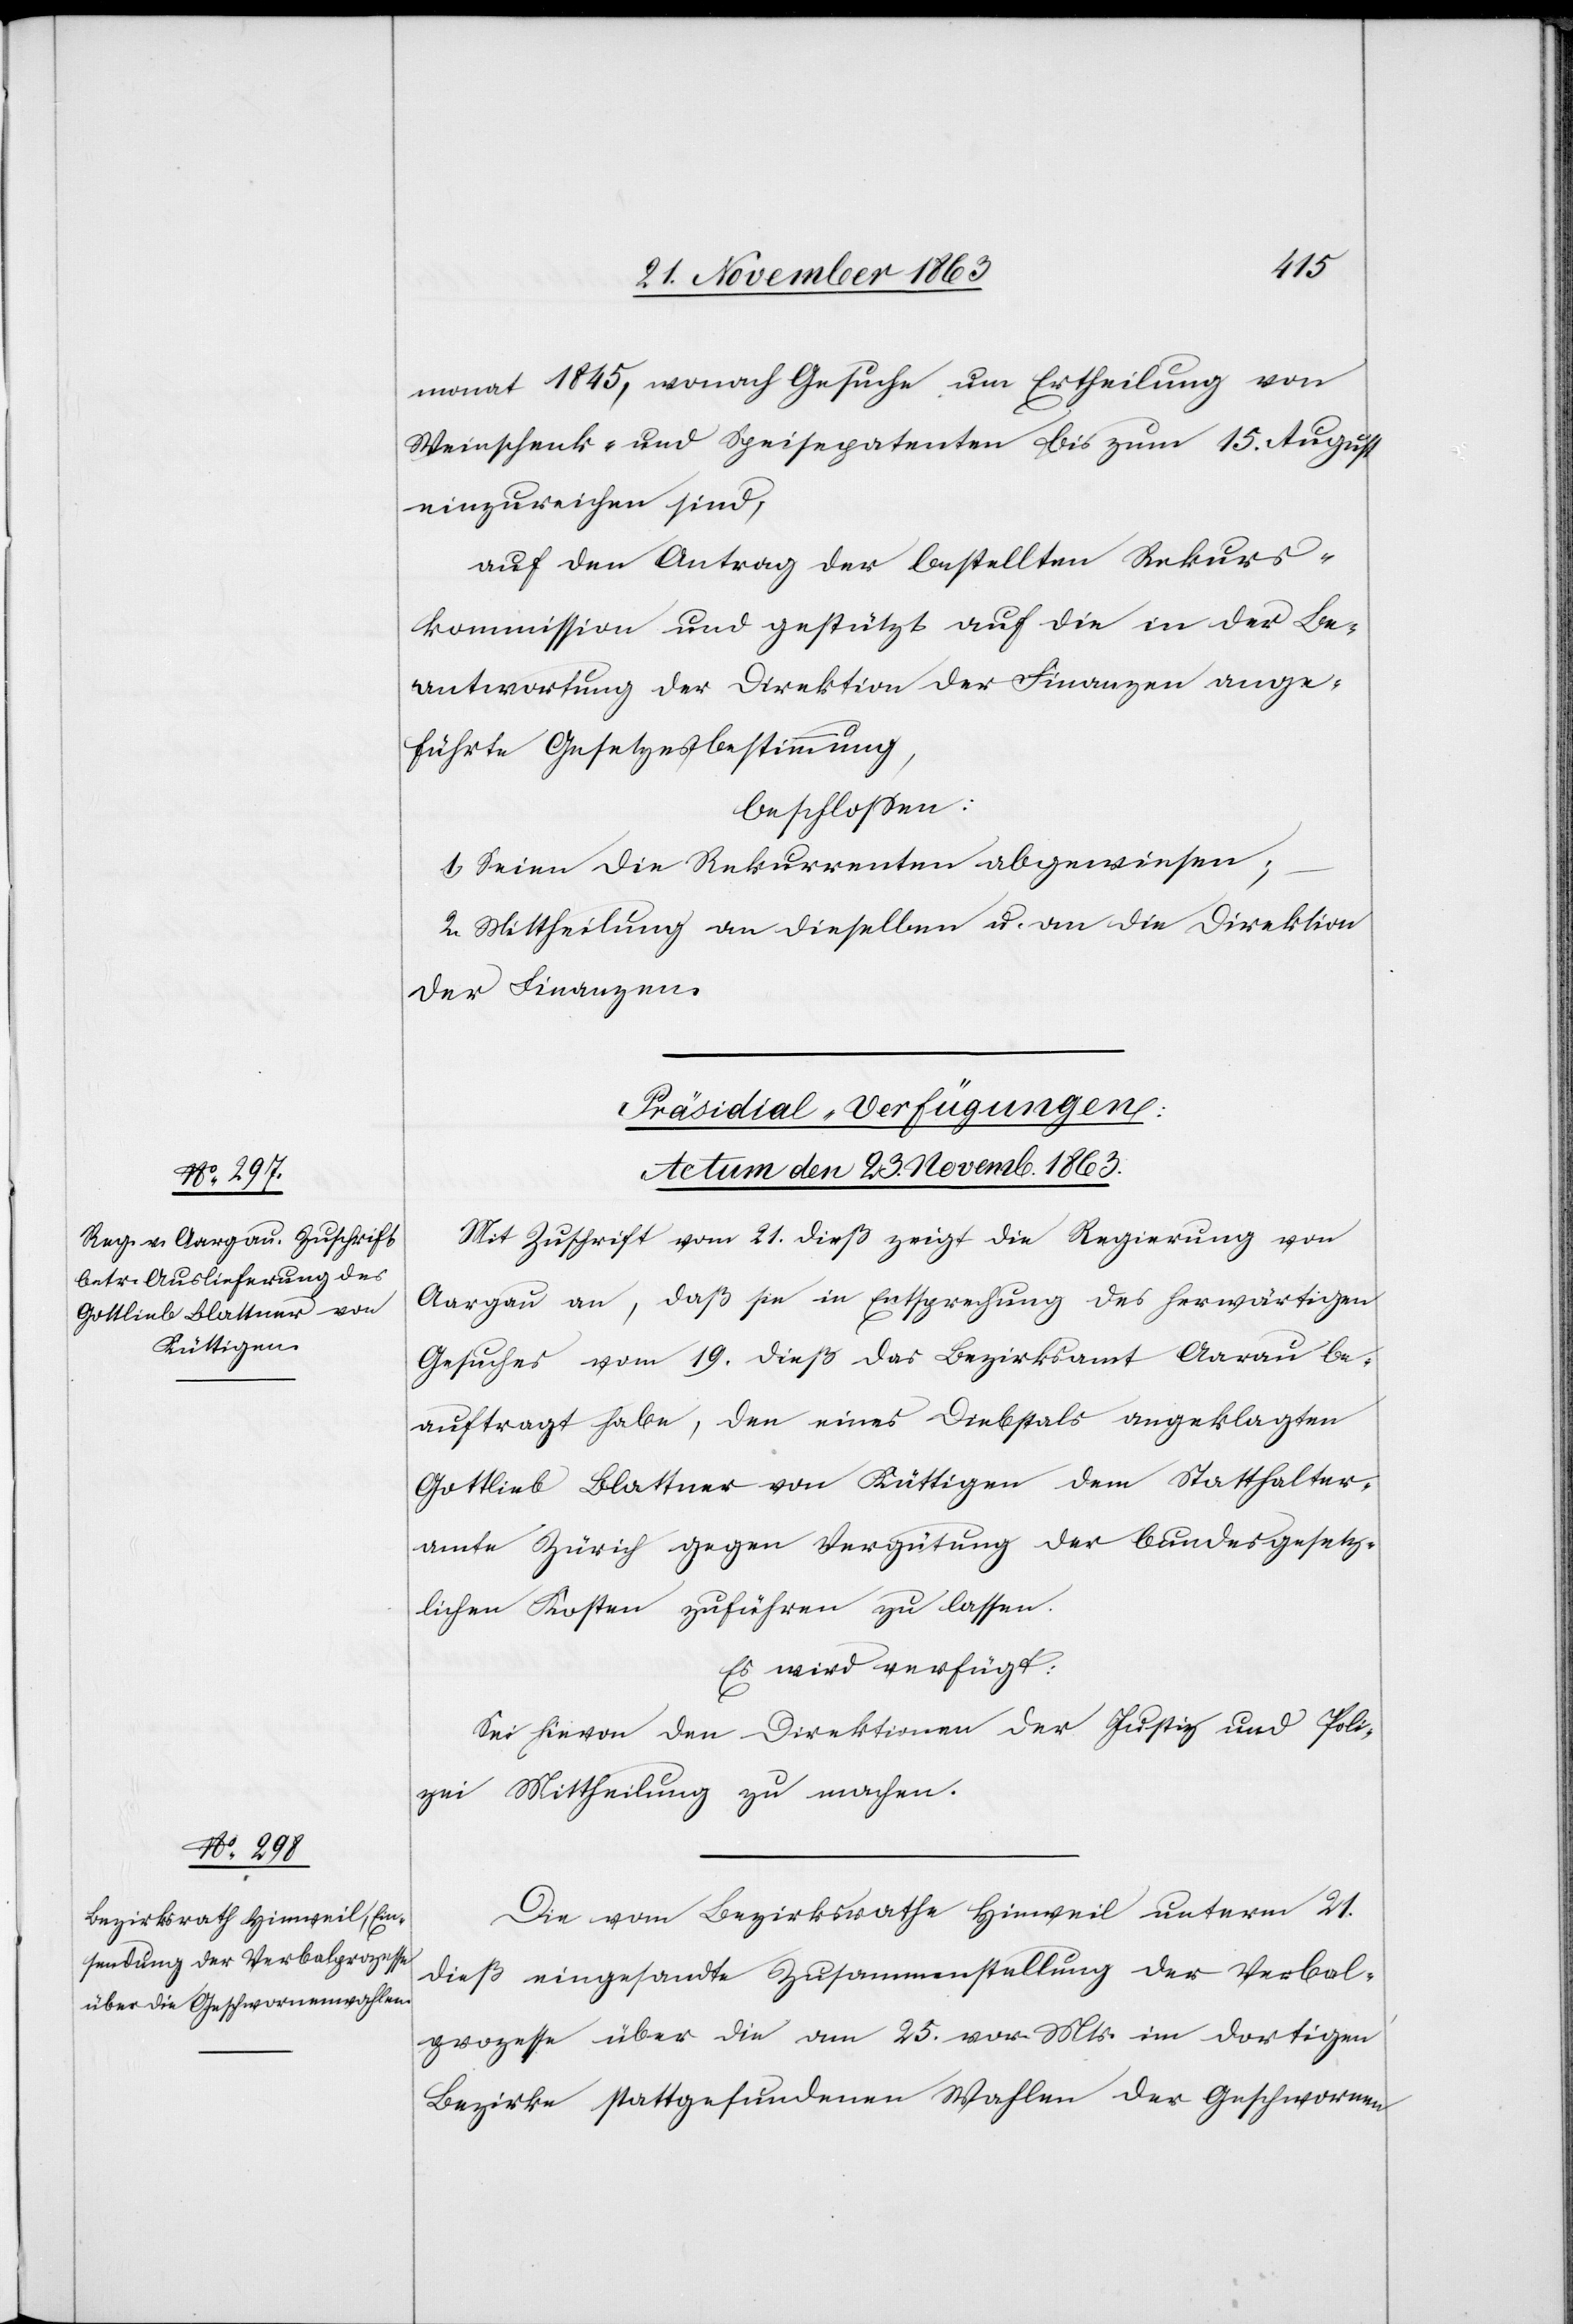
monat 1845, wonach Gesuche um Ertheilung von
Weinschenk- und Speisepatenten bis zum 15. August
einzureichen sind,
auf den Antrag der bestellten Rekurs¬
kommission und gestützt auf die in der Be¬
antwortung der Direktion der Finanzen abge¬
führte Gesetzesbestimmung,
beschlossen:
1. Seien die Rekurrenten abgewiesen;
2. Mittheilung an dieselben u. an die Direktion
der Finanzen.
[Präsidial-Verfügungen:
Actum den 23. Novemb. 1863.]
Mit Zuschrift vom 21. dieß zeigt die Regierung von
Aargau an, daß sie in Entsprechung des herwärtigen
Gesuches vom 19. dieß das Bezirksamt Aarau be¬
auftragt habe, den eines Diebstals angeklagten
Gottlieb Blattner von Küttigen dem Statthalter¬
amte Zürich gegen Vergütung der bundesgesetz¬
lichen Kosten zuführen zu lassen.
Es wird verfügt:
Sei hievon den Direktionen der Justiz und Poli¬
zei Mittheilung zu machen.
Die vom Bezirksrathe Hinweil unterm 21.
dieß eingesandte Zusammenstellung der Verbal¬
prozesse über die am 25. vor. Mts. im dortigen
Bezirke stattgefundenen Wahlen der Geschwornen